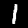
Digit: 1